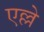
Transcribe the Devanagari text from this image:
एल्ले